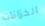
الخزانات